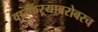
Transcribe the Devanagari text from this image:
वारकऱ्याबरोबरच